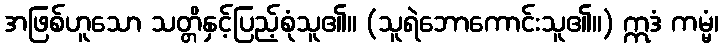
အဖြစ်ဟူသော သတ္တိနှင့်ပြည့်စုံသူ၏။ (သူရဲဘောကောင်းသူ၏။) ဣဒံ ကမ္မံ၊